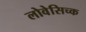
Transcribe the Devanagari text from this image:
लोवेसिच्क